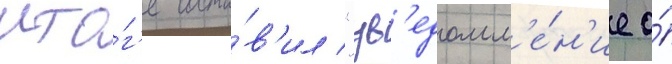
ито́г'е соста́в'ил "ув'едомл'е́н'ие о́